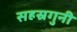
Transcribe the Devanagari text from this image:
सहस्रगुनी